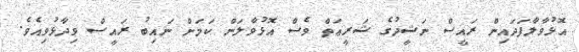
އޮޅުވާލާފަދައިން ރައީސް ނަޝީދުގެ ޝަރީޢަތް ވެސް އޮޅުވާލަން ކަމަށް ނައިބު ރައީސް ވިދާޅުވިއެވެ.